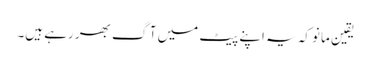
یقین مانو کہ یہ اپنے پیٹ میں آگ بھر رہے ہیں۔